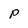
Character: p